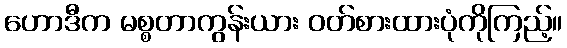
ဟောဒီက မစ္စတာကွန်းယား ဝတ်စားထားပုံကိုကြည့်။